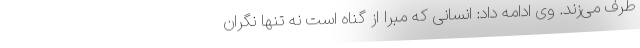
طرف می‌زند. وی ادامه داد: انسانی که مبرا از گناه است نه تنها نگران